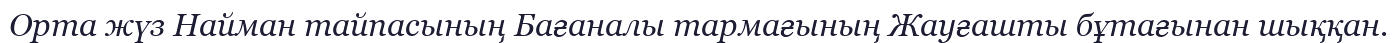
Орта жүз Найман тайпасының Бағаналы тармағының Жауғашты бұтағынан шыққан.